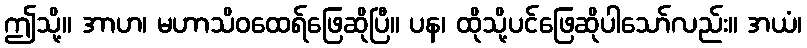
ဤသို့။ အာဟ၊ မဟာသိဝထေရ်ဖြေဆိုပြီ။ ပန၊ ထိုသို့ပင်ဖြေဆိုပါသော်လည်း။ အယံ၊